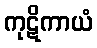
ကုဋိကာယံ